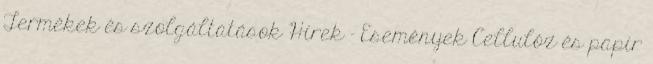
Termékek és szolgáltatások Hírek - Események Cellulóz és papír